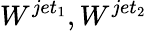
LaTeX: W^{jet_{1}},W^{jet_{2}}